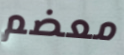
معضم